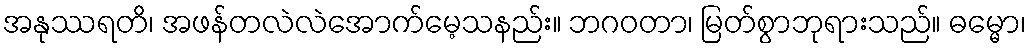
အနုဿရတိ၊ အဖန်တလဲလဲအောက်မေ့သနည်း။ ဘဂဝတာ၊ မြတ်စွာဘုရားသည်။ ဓမ္မော၊